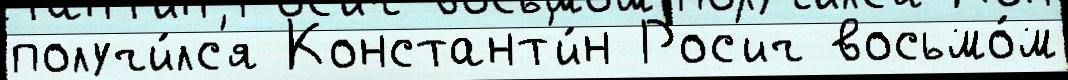
получи́лс'я Констант'и́н Рос'ич восьмо́м